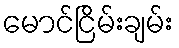
မောင်ငြိမ်းချမ်း